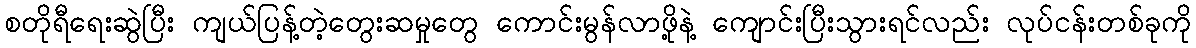
စတိုရီရေးဆွဲပြီး ကျယ်ပြန့်တဲ့တွေးဆမှုတွေ ကောင်းမွန်လာဖို့နဲ့ ကျောင်းပြီးသွားရင်လည်း လုပ်ငန်းတစ်ခုကို